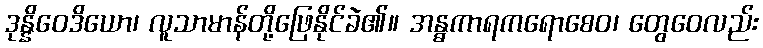
ဒုန္နိဝေဒိယော၊ လူသာမာန်တို့ဖြေနိုင်ခဲ၏။ အန္ဓကာရကရောစေဝ၊ တွေဝေလည်း